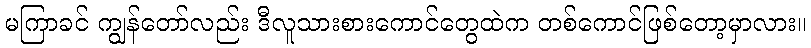
မကြာခင် ကျွန်တော်လည်း ဒီလူသားစားကောင်တွေထဲက တစ်ကောင်ဖြစ်တော့မှာလား။